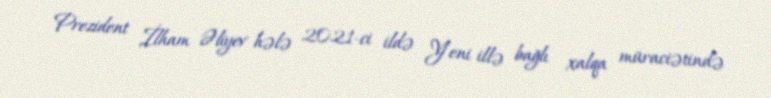
Prezident İlham Əliyev hələ 2021-ci ildə Yeni illə bağlı xalqa müraciətində